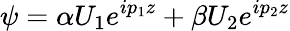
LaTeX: \psi=\alpha U_{1}e^{ip_{1}z}+\beta U_{2}e^{ip_{2}z}